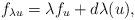
LaTeX: \begin{align*}f_{\lambda u} = \lambda f_u +d\lambda(u),\end{align*}